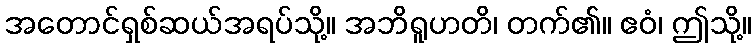
အတောင်ရှစ်ဆယ်အရပ်သို့။ အဘိရူဟတိ၊ တက်၏။ ဧဝံ၊ ဤသို့။